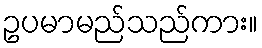
ဥပမာမည်သည်ကား။